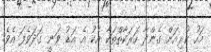
މަހު ކުރިއަށް ގެންދާ ހަރަކާތްތަކާ އެކު އެ އަޑު ވަނީ ގަދަވެފަ އެވެ.